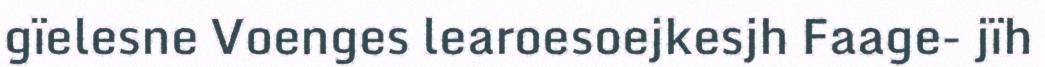
gïelesne Voenges learoesoejkesjh Faage- jïh